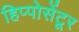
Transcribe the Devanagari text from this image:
हिप्पोसेंटूर